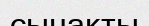
сынакты